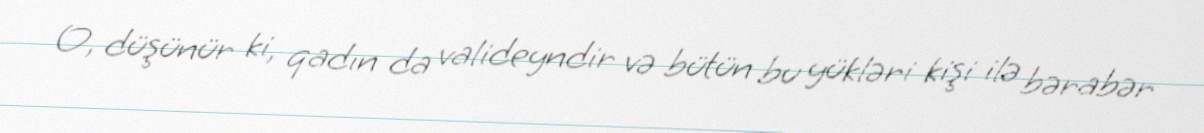
O, düşünür ki, qadın da valideyndir və bütün bu yükləri kişi ilə bərabər